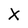
Character: X